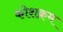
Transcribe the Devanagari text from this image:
कोशक्रम